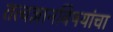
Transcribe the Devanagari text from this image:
तत्वज्ञानविषयांचा